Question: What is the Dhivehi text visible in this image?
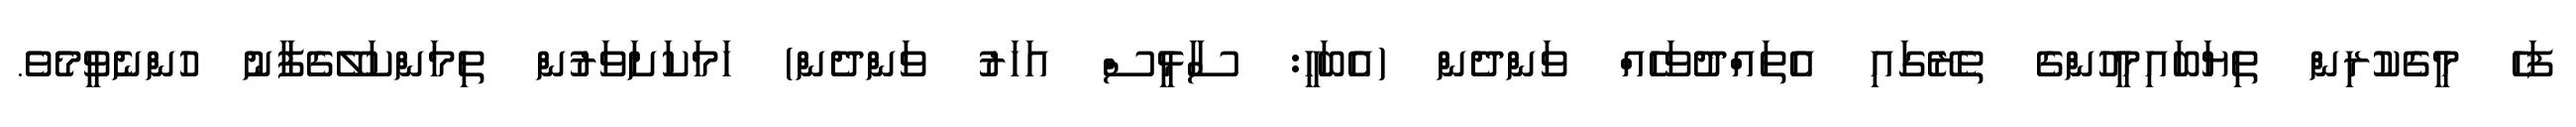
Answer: ފަހެ މީގެކުރިން ތިޔަބައިމީހުންގެ ތެރޭގައި އެތައްދުވަހެއް ވަންދެން (އެބަހީ: ސާޅީސް އަހަރު ވަންދެން) ހަމަކަށަވަރުން ތިމަންކަލޭގެފާނު ހުންނެވީމެވެ.